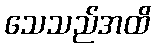
သေသည်အထိ